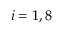
i = 1 , 8